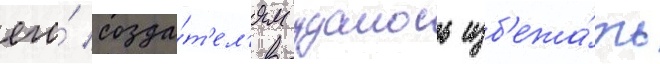
его́ созда́т'ел'ям удалось изб'ежа́ть